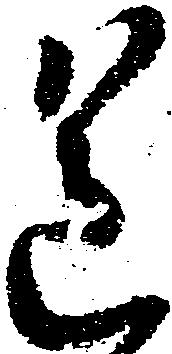
送